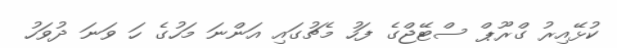
ކުޅޭއިރު ގްރޫޕް ސްޓޭޖްގެ ފަހު މެޗުގައި އަންނަ މަހުގެ ހަ ވަނަ ދުވަހު